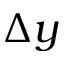
\Delta y